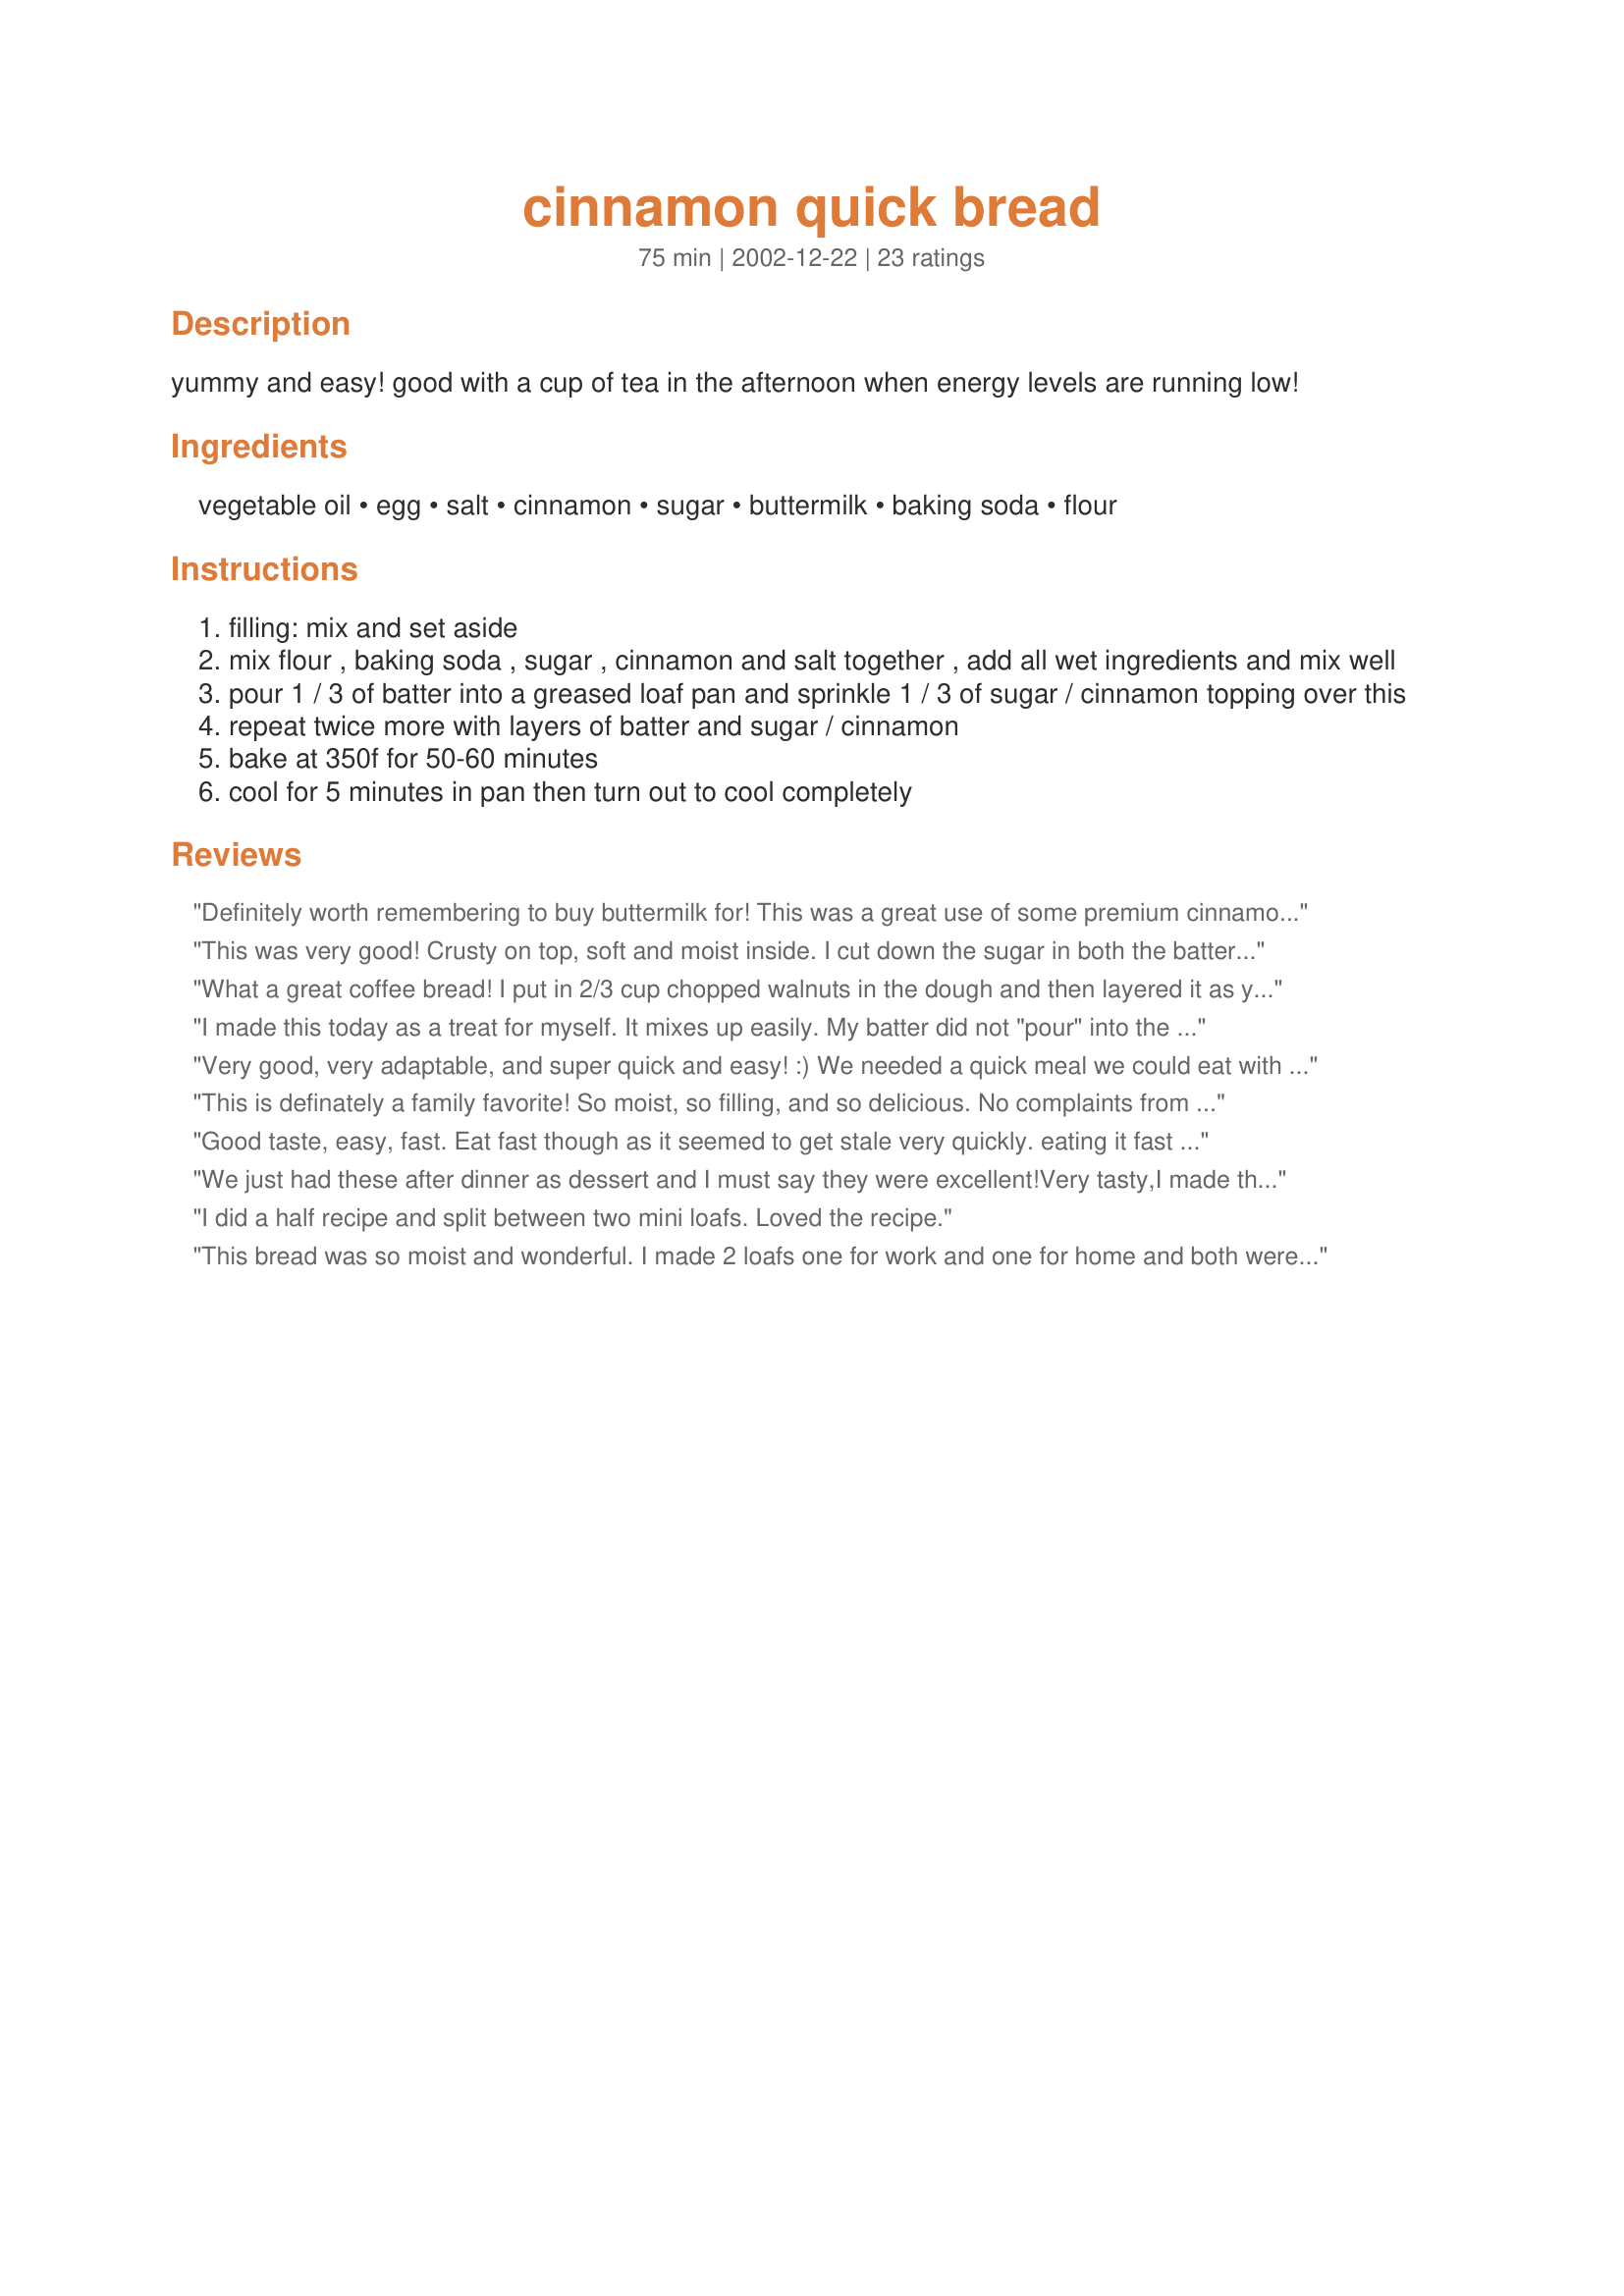
cinnamon quick bread
Preparation time: 75 minutes

yummy and easy! good with a cup of tea in the afternoon when energy levels are running low!

Ingredients:
vegetable oil, egg, salt, cinnamon, sugar, buttermilk, baking soda, flour

Steps:
filling: mix and set aside
mix flour , baking soda , sugar , cinnamon and salt together , add all wet ingredients and mix well
pour 1 / 3 of batter into a greased loaf pan and sprinkle 1 / 3 of sugar / cinnamon topping over this
repeat twice more with layers of batter and sugar / cinnamon
bake at 350f for 50-60 minutes
cool for 5 minutes in pan then turn out to cool completely

Reviews:
Definitely worth remembering to buy buttermilk for! This was a great use of some premium cinnamon I just got from an actual spice store. I'll certainly make it again... often.
This was very good! Crusty on top, soft and moist inside. I cut down the sugar in both the batter and the filling, (reduced it by 2 Tbsp in the batter and by 3-4 Tbsp in the filling), and I used dark brown sugar for the filling instead of white. I also used 1 Tbsp cinnamon in the filling instead of 2 tsp. In addition, I added 1 tsp vanilla extract to the batter. The bread came out great, with an excellent taste and texture.
What a great coffee bread! I put in 2/3 cup chopped walnuts in the dough and then layered it as you directed. My husband and I just had some with afternoon coffee and it is delicious. Thanks, Carole
I made this today as a treat for myself. It mixes up easily. My batter did not "pour" into the pan, and I didn't know how I was going to spread it because it was fairly thick. I was so proud of myself for figuring out how to do so. I sprinkled the filling over the batter that I "dropped" in, and it spread very easily with a spoon. A very nice coffee cake. thank you for sharing this recipe.
Very good, very adaptable, and super quick and easy! :) We needed a quick meal we could eat with our hands, and these were just the ticket! I made it into muffins. I made them with white whole wheat flour, and i didn&#039;t have enough cinnamon (how on earth did I let myself run out? I use it all the time!) so I just left the filling layers out and hoped it would still be good enough that my 4 kids would eat it! lol! I also used grapeseed oil because that&#039;s what I had, same thing goes for the egg (I used 1 duck egg instead of one chicken egg.) I baked them at 350 for 14 minutes and they are PERFECT! They are just the right amount of sweet, and moist too...didn&#039;t even need butter! I&#039;m DEFINITELY going to be making these again to keep on hand for breakfasts and snacks...next time I&#039;m going to sub out some of the organic sugar I used for local honey and see how that goes. :) Thanks for an amazing recipe that our whole family loves, and that I love because it&#039;s so simple. :)
This is definately a family favorite! So moist, so filling, and so delicious. No complaints from anyone, even the picky eater.
Good taste, easy, fast. Eat fast though as it seemed to get stale very quickly. eating it fast shouldn't be too much of a chore for anyone though!
We just had these after dinner as dessert and I must say they were excellent!Very tasty,I made them into muffins instead of a loaf and they turned out beautifully.My fiancee is taking the rest of them to work tomorrow to share with the guys.
Thanks for the recipe,will make them again i'm sure.
I did a half recipe and split between two mini loafs. Loved the recipe.
This bread was so moist and wonderful. I made 2 loafs one for work and one for home and both were gobbled up in one day.
Great! This was even more than I'd hoped for! It was super quick and easy to put together (and mostly things that I always have on hand). I added the plumped raisins as one other person did, and also finished with a sugar layer for a crunchy top. Fantastic! Looks and tastes much more serious than it is to bake!
This is easy to make and has great flavor and texture. I make a bread every week for my DH and this is going to be in the rotation now. Thanks so much for the recipe.
I like cinnamon, and I like quick breads, so this was very nice for me. Yes it was crusty on the outside...but that's the way I like it. I found I had lots of filling left over, maybe because I baked in 2 small loaf tins. Very nice though. I used 1 cup wholemeal flour and used only 1/2 cup brown sugar in the bread and it still turned out nice.
Great breakfast bread with delicious cinnamon flavor. Thanks so much for sharing! I added 1/2 cup of raisins that I plumped in a 1/3 cup of warmed orange juice, discarded the oj,then sprinkled the raisins on top of the fillings. I also added the zest of a large lemon into the batter because I love the tastes of lemon and cinnamon together. That added just a peek of lemon, perfect. I also didn't use all the cinnamon suger filling, it seemed like too much sugar. Next time I will try 1/3 cup brown sugar but keep the 2 tsp of cinnamon. Fun and very easy!
I made this quick bread exactly as stated and it was a huge hit. It was very easy to put together with ingredients readily available. The outside was crunchy with sugar and cinnamon and the inside was moist. Not too sweet, certainly not too bland. Just the right taste. Loved it!
Very simple to put together for breakfast this morning.
Thank you so much for sharing.
It wasn't too bad, it was a little crustier then I would have liked, so I will reduce the time next time I bake it and be sure to grease the pan better.. that sugar likes to stick! Otherwise yummy, I sent some over to my neighbor with some cappuccino mix for a gift =)
Oh WOW. I've been making quick breads for the last few days so there is something for breakfast (as we're out of cereal etc.) and this one was, by far, the favorite. I used skim milk I mixed with lemon juice and olive oil. I also used half splenda in the loaf but left the filling the same. The only issue I had was that there was too much filling for me. I'd use about 3/4 the amount next time. That said, this was amazing tasting bread and it will be made again here this week!
A cinch to put together but waiting the hour for it to cook when you are hungry sure is hard! Based on other reviews I reduced the sugar filling by quite a bit. I actually just used a shaker that I have premixed of cinnamon and sugar and put a thin layer between layers of batter and then another on top. I probaly used 1/4 of what was stated here in this recipe. Makes a beautiful loaf that is perfect for breakfast with a cup of coffee.
Delicious!!!! This taste like a coffee cake. Very moist with great flavor. I used the dry buttermilk mix in mine. Other than that, I followed the instructions exactly. I will make this alot! Easy, Easy, Easy! Thanks so much!
I thought this turned out a little to crusty on the top. I might lightly cover it with foil next time. It had a good flavor and was very easy to make. Thanks for a great recipe.
Very tastey sweet. i made them into muffins. I didnt' use up all the fillings (they were too many). For the bread, i use 3/4 c sugar instead. They were not as moist as i expected (probably bec. of the 1/4c of oil used) but still, these are good bread/muffin becuase they're cinnamoney sweet.
Mmmm!My family loved this recipe.It's just the right amount of cinnamon and goes great with a cup of tea or coffee in the morning.We have made it twice--the second time I sprinkled raisins that had been soaked in hot water(to plump them up) in each of the cinnamon sugar layers--turned out super!!I also sprinkled some of the cinnamon sugar on top(made the outside sweet,crunchy and a little bit chewy-yum!!)
Great recipe--Thanks!!
